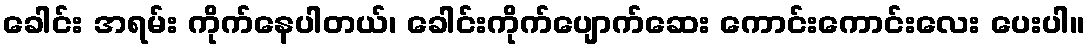
ခေါင်း အရမ်း ကိုက်နေပါတယ်၊ ခေါင်းကိုက်ပျောက်ဆေး ကောင်းကောင်းလေး ပေးပါ။